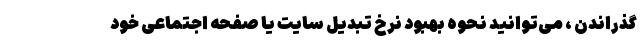
گذراندن ، می‌توانید نحوه بهبود نرخ تبدیل سایت یا صفحه اجتماعی خود